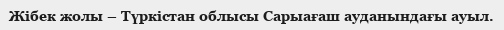
Жібек жолы – Түркістан облысы Сарыағаш ауданындағы ауыл.